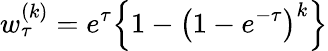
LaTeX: w_{\tau}^{(k)}=e^{\tau}\Big\{ 1-\big(1-e^{-\tau}\big)^{k}\Big\}